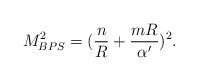
LaTeX: \begin{align*}M^2_{BPS}=({n\over R}+{mR\over\alpha^\prime})^2. \end{align*}